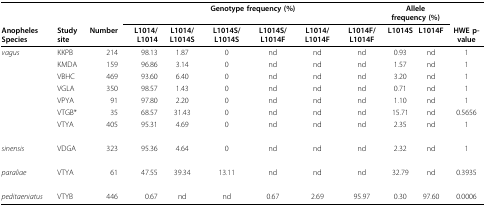
<table><thead><tr><td>[EMPTY_CELL]</td><td>[EMPTY_CELL]</td><td>[EMPTY_CELL]</td><td colspan="6"><b>Genotype frequency (%)</b></td><td colspan="2"><b>Allele frequency (%)</b></td><td>[EMPTY_CELL]</td></tr><tr><td><b>Anopheles Species</b></td><td><b>Study site</b></td><td><b>Number</b></td><td><b>L1014/L1014</b></td><td><b>L1014/L1014S</b></td><td><b>L1014S/L1014S</b></td><td><b>L1014S/L1014F</b></td><td><b>L1014/L1014F</b></td><td><b>L1014F/L1014F</b></td><td><b>L1014S</b></td><td><b>L1014F</b></td><td><b>HWE p-value</b></td></tr></thead><tbody><tr><td><i>vagus</i></td><td>KKPB</td><td>214</td><td>98.13</td><td>1.87</td><td>0</td><td>nd</td><td>nd</td><td>nd</td><td>0.93</td><td>nd</td><td>1</td></tr><tr><td>[EMPTY_CELL]</td><td>KMDA</td><td>159</td><td>96.86</td><td>3.14</td><td>0</td><td>nd</td><td>nd</td><td>nd</td><td>1.57</td><td>nd</td><td>1</td></tr><tr><td>[EMPTY_CELL]</td><td>VBHC</td><td>469</td><td>93.60</td><td>6.40</td><td>0</td><td>nd</td><td>nd</td><td>nd</td><td>3.20</td><td>nd</td><td>1</td></tr><tr><td>[EMPTY_CELL]</td><td>VGLA</td><td>350</td><td>98.57</td><td>1.43</td><td>0</td><td>nd</td><td>nd</td><td>nd</td><td>0.71</td><td>nd</td><td>1</td></tr><tr><td>[EMPTY_CELL]</td><td>VPYA</td><td>91</td><td>97.80</td><td>2.20</td><td>0</td><td>nd</td><td>nd</td><td>nd</td><td>1.10</td><td>nd</td><td>1</td></tr><tr><td>[EMPTY_CELL]</td><td>VTGB*</td><td>35</td><td>68.57</td><td>31.43</td><td>0</td><td>nd</td><td>nd</td><td>nd</td><td>15.71</td><td>nd</td><td>0.5656</td></tr><tr><td>[EMPTY_CELL]</td><td>VTYA</td><td>405</td><td>95.31</td><td>4.69</td><td>0</td><td>nd</td><td>nd</td><td>nd</td><td>2.35</td><td>nd</td><td>1</td></tr><tr><td><i>sinensis</i></td><td>VDGA</td><td>323</td><td>95.36</td><td>4.64</td><td>0</td><td>nd</td><td>nd</td><td>nd</td><td>2.32</td><td>nd</td><td>1</td></tr><tr><td><i>paraliae</i></td><td>VTYA</td><td>61</td><td>47.55</td><td>39.34</td><td>13.11</td><td>nd</td><td>nd</td><td>nd</td><td>32.79</td><td>nd</td><td>0.3935</td></tr><tr><td><i>peditaeniatus</i></td><td>VTYB</td><td>446</td><td>0.67</td><td>nd</td><td>nd</td><td>0.67</td><td>2.69</td><td>95.97</td><td>0.30</td><td>97.60</td><td>0.0006</td></tr></tbody></table>